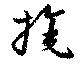
旄